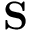
\mathbf { S }